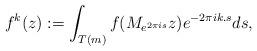
LaTeX: \begin{align*}f^{k}(z):=\int_{T(m)}f(M_{e^{2\pi i s}}z)e^{-2\pi ik.s}ds,\end{align*}